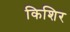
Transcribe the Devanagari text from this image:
किशिर